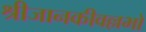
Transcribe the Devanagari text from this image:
श्रीजानकीवल्लभो